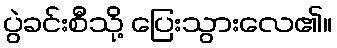
ပွဲခင်းစီသို့ ပြေးသွားလေ၏။